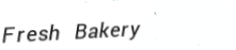
Fresh Bakery